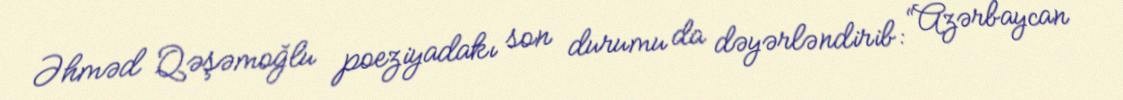
Əhməd Qəşəmoğlu poeziyadakı son durumu da dəyərləndirib: “Azərbaycan